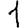
Digit: 1